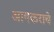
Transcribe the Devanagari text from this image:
आयकराचे